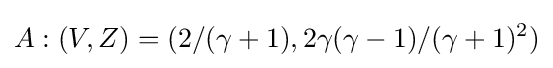
A:(V,Z)=(2/(\gamma +1),2\gamma (\gamma -1)/(\gamma +1)^{2})